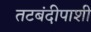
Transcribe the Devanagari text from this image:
तटबंदीपाशी